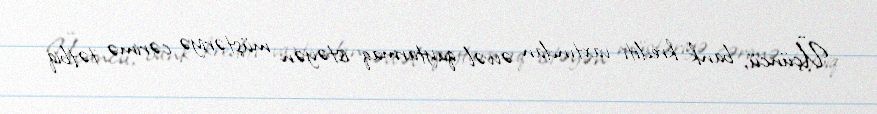
Üçüncü, bank krediti vaxtından əvvəl qaytarmaq istəyən müştəriyə cərimə tətbiq